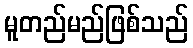
မူတည်မည်ဖြစ်သည်